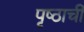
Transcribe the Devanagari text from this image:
पृष्ठाची